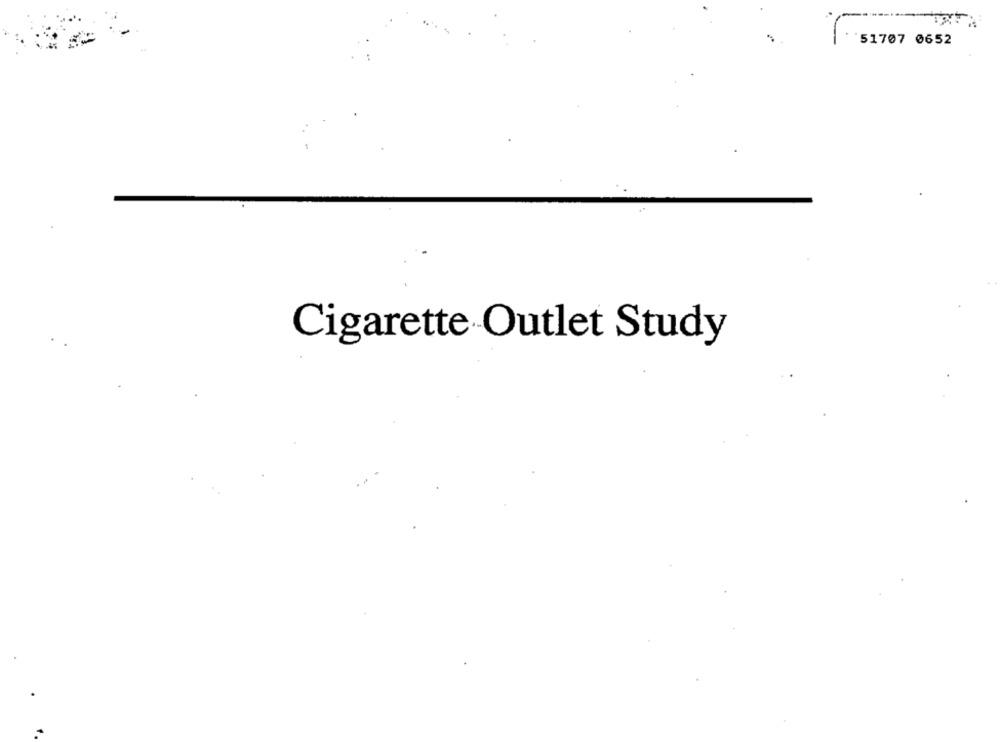
51707 0652
Cigarette Outlet Study